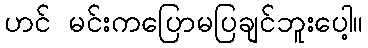
ဟင် မင်းကပြောမပြချင်ဘူးပေါ့။